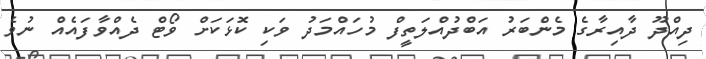
ދިއްދޫ ދާއިރާގެ މެންބަރު އަބްދުއްލަތީފް މުހައްމަދު ވަކި ކޮޅަކަށް ވޯޓް ދެއްވާފައެއް ނުވެ